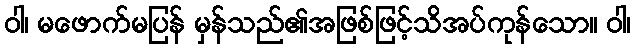
ဝါ၊ မဖောက်မပြန် မှန်သည်၏အဖြစ်ဖြင့်သိအပ်ကုန်သော။ ဝါ၊